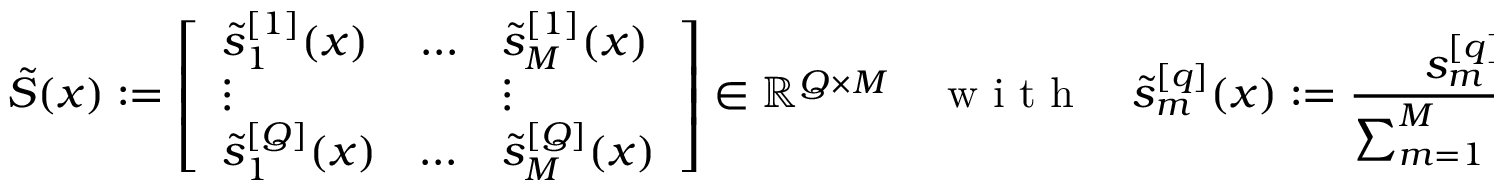
\tilde { S } ( \boldsymbol { x } ) : = \left[ \begin{array} { l l l } { \tilde { s } _ { 1 } ^ { [ 1 ] } ( \boldsymbol { x } ) } & { \ldots } & { \tilde { s } _ { M } ^ { [ 1 ] } ( \boldsymbol { x } ) } \\ { \vdots } & { } & { \vdots } \\ { \tilde { s } _ { 1 } ^ { [ Q ] } ( \boldsymbol { x } ) } & { \ldots } & { \tilde { s } _ { M } ^ { [ Q ] } ( \boldsymbol { x } ) } \end{array} \right] \in \mathbb { R } ^ { Q \times M } \quad \mathrm { ~ w ~ i ~ t ~ h ~ } \quad \tilde { s } _ { m } ^ { [ q ] } ( \boldsymbol { x } ) : = \frac { s _ { m } ^ { [ q ] } \zeta _ { m } ( \boldsymbol { x } ) } { \sum _ { m = 1 } ^ { M } s _ { m } ^ { [ q ] } \zeta _ { m } ( \boldsymbol { x } ) } .